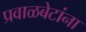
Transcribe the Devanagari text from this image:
प्रवाळबेटांना